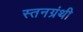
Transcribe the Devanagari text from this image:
स्तनग्रंथी